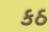
કઠ